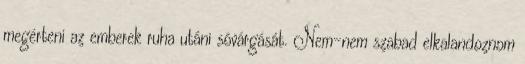
megérteni az emberek ruha utáni sóvárgását. Nem-nem szabad elkalandoznom